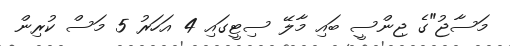
މަސާޖު"ގެ ޖިންސީ ބައި މާލޭ ސިޓީގައި 4 އަހަރު 5 މަސް ކުރިން